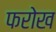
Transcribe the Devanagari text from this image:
फरोख